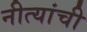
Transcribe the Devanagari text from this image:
नीत्यांची